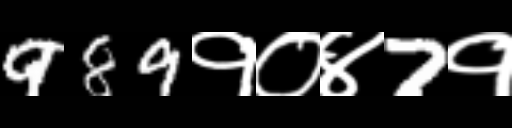
Text: 989१०४7१